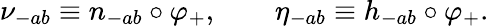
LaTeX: \nu_{-ab}\equiv n_{-ab}\circ\varphi_{+},\qquad\eta_{-ab}\equiv h_{-ab}\circ\varphi_{+}.